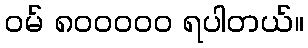
ဝမ် ၈၀၀၀၀၀ ရပါတယ်။